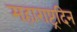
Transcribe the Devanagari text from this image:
महाराष्ट्रदिन